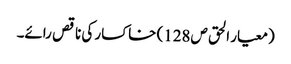
(معیار الحق ص128) خاکسار کی ناقص رائے۔